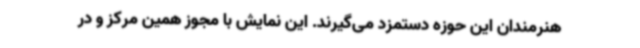
هنرمندان این حوزه دستمزد می‌گیرند. این نمایش با مجوز همین مرکز و در